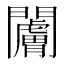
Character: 𬮗